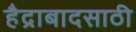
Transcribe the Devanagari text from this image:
हैद्राबादसाठी